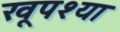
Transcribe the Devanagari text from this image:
खूपश्या